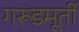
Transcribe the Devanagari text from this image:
गरूडमूर्ती